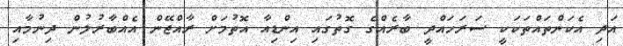
އަދި އެކަންތައްތަކަކީ ސަރަހައްދީ ބާރެއްގެ ގޮތުގައި އިންޑިއާ އޮތުމަށް ރާއްޖޭން އެއްބާރުލުން ދިނުމާއި